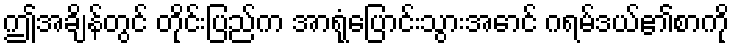
ဤအချိန်တွင် တိုင်းပြည်က အာရုံပြောင်းသွားအောင် ဂရမ်ဒယ်၏စာကို